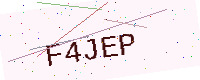
Text: F4JEP